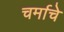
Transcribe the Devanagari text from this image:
चर्माचे